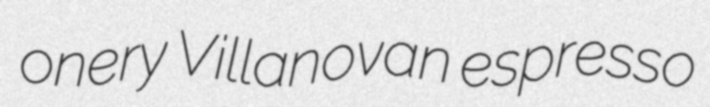
onery Villanovan espresso